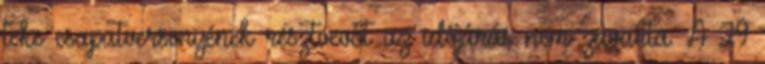
teke csapatversenyének résztvevőt az időjárás nem zavarta. A 29